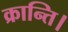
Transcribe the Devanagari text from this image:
क्रान्ति।